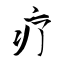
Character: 疗